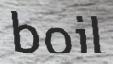
boil